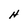
Character: H